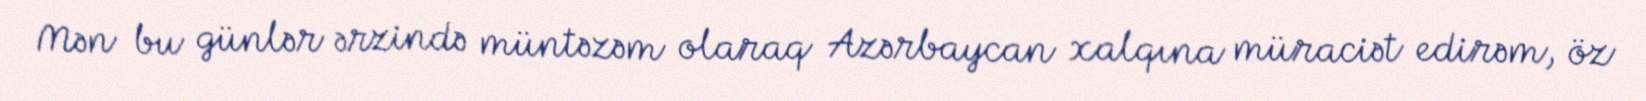
Mən bu günlər ərzində müntəzəm olaraq Azərbaycan xalqına müraciət edirəm, öz